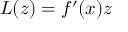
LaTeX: L ( z ) = f ^ { \prime } ( x ) z